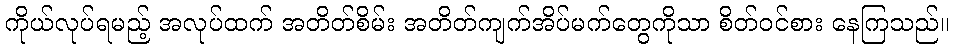
ကိုယ်လုပ်ရမည့် အလုပ်ထက် အတိတ်စိမ်း အတိတ်ကျက်အိပ်မက်တွေကိုသာ စိတ်ဝင်စား နေကြသည်။